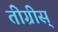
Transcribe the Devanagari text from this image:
तीग्रीस्